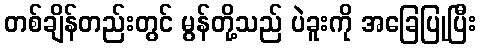
တစ်ချိန်တည်းတွင် မွန်တို့သည် ပဲခူးကို အခြေပြုပြီး